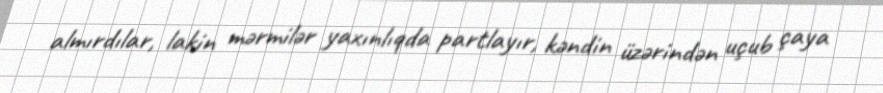
almırdılar, lakin mərmilər yaxınlıqda partlayır, kəndin üzərindən uçub çaya